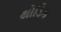
થોડિક